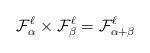
LaTeX: \begin{align*} \mathcal F_{\alpha}^\ell \times \mathcal F_{\beta}^\ell = \mathcal F_{\alpha+ \beta}^\ell \end{align*}